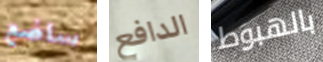
ساضع الدافع بالهبوط